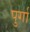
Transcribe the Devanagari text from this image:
पुर्गा